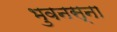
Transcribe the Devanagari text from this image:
भुवनस्ना